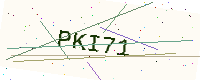
Text: PKI71